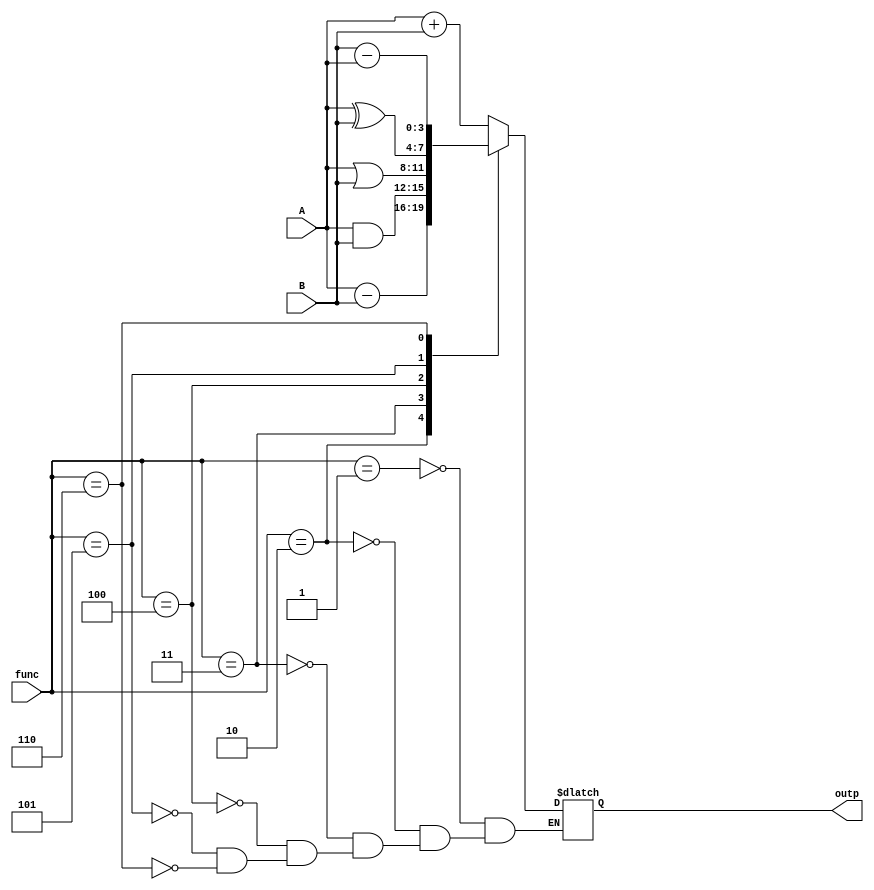
/***** ALU MODULE *****/

module ALU(func,A,B,outp);

 input [2:0] func;
 input [3:0] A,B;
 output [3:0] outp;
 reg [3:0] outp;
 
 always@(*)
 
   case(func)
     //3'b000: //clear
     3'b001:outp=A+B;
     3'b010:outp=A-B;
     3'b011:outp=(A&B);
     3'b100:outp=(A|B);
     3'b101:outp=(A^B);
     3'b110:outp=B-A;
     //3'b111: //preset
   endcase
   
endmodule